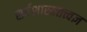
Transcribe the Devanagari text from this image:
सर्वशास्त्रतत्त्वज्ञ